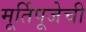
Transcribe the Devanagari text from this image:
मूर्तिपूजेची